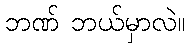
ဘဏ် ဘယ်မှာလဲ။